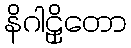
နိဂါဠှိတော